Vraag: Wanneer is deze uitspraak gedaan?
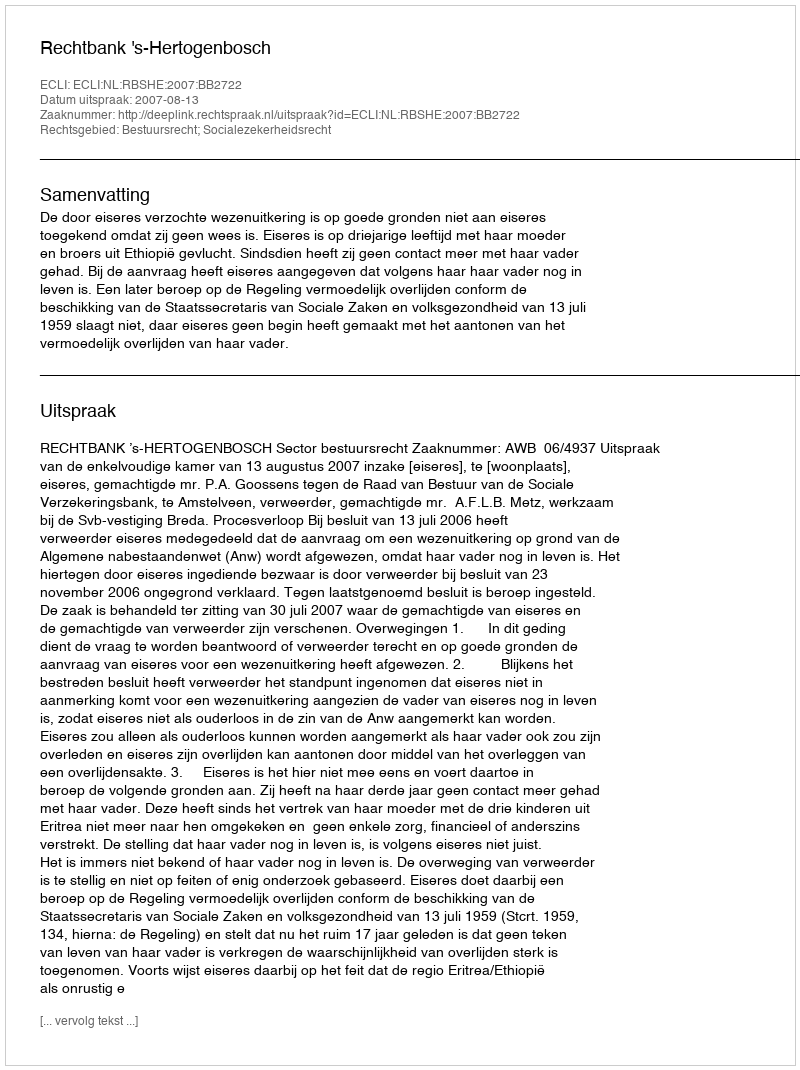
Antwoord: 2007-08-13